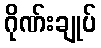
ဂိုဏ်းချုပ်